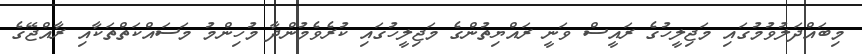
މިބައްދަލުވުމުގައި މަޖިލީހުގެ ރައީސް ވަނީ ރައްޔިތުންގެ މަޖިލީހުގައި ކުރެވެމުންދާ މުހިންމު މަސައްކަތްތަކާއި ރާއްޖޭގެ